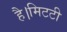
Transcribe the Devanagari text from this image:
है।मिटटी